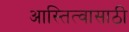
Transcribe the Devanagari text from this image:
आस्तित्वासाठी